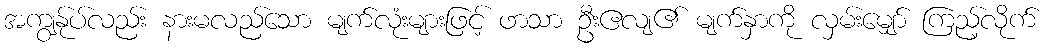
အကျွန်ုပ်လည်း နားမလည်သော မျက်လုံးများဖြင့် ဖာသာ ဦးဧလျ၏ မျက်နှာကို လှမ်းမျှော် ကြည့်လိုက်